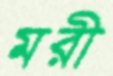
মরী